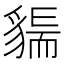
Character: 𧳲